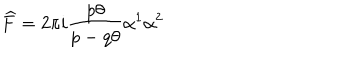
\widehat { F } = 2 \pi i \frac { p \theta } { p - q \theta } \alpha ^ { 1 } \alpha ^ { 2 }